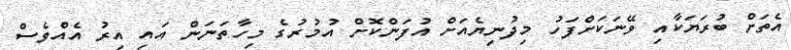
އެތަށް ބުރަޔަކާއި ވޭނަކަށްފަހު މިދުނިޔެއަށް އުފަންކޮށް އުމުރުގެ މިހާތަނަން އައި އިރު އެއްވެސް